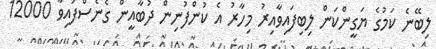
ލިބޭނެ ކަމުގެ ޔަގީންކަން ލިބިފައިވާއިރު މިހާރު އެ ކުންފުނިން ދުބާއީން ގެނެސްފައިވާ 12000